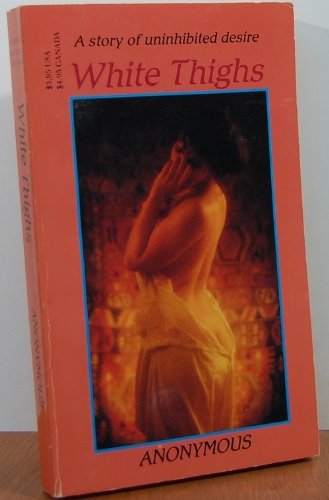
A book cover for White Thighs (Victorian erotic classics); F. Perez; Romance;